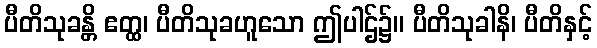
ပီတိသုခန္တိ ဧတ္ထ၊ ပီတိသုခဟူသော ဤပါဌ်၌။ ပီတိသုခါနိ၊ ပီတိနှင့်